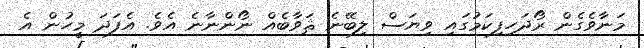
މަނާވެގެން ރޯދަހިފިކަމުގައި ވިޔަސް ލިބޭނެ ޘަވާބެއް ނޯންނާނެ އެވެ. އެފަދަ މީހުން އެ